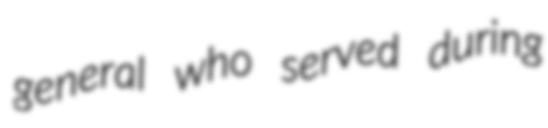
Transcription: general who served during